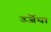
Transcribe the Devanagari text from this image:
उर्जेचा